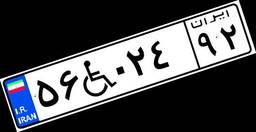
۵۶W۰۲۴۹۲